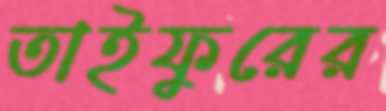
তাইফুরের